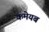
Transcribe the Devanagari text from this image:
कमेयब